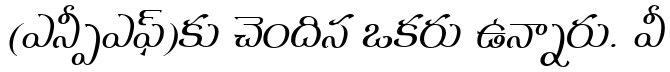
(ఎన్పీఎఫ్)కు చెందిన ఒకరు ఉన్నారు. వీ